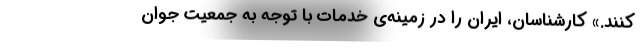
کنند.» کارشناسان، ایران را در زمینه‌ی خدمات با توجه به جمعیت جوان